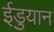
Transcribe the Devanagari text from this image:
ईडुयान